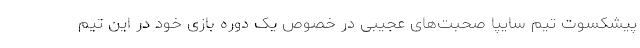
پیشکسوت تیم سایپا صحبت‌های عجیبی در خصوص یک دوره بازی خود در این تیم